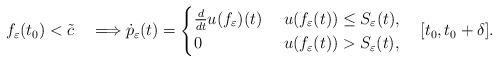
LaTeX: \begin{align*}f_{\varepsilon}(t_0)<\tilde{c} \quad\Longrightarrow\dot{p}_{\varepsilon}(t)=\begin{cases}\frac{d}{dt} u(f_\varepsilon)(t)&\ u(f_\varepsilon(t))\leq S_\varepsilon(t),\\0 &\ u(f_\varepsilon(t))> S_\varepsilon(t),\end{cases}\quad [t_0,t_0+\delta].\end{align*}